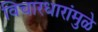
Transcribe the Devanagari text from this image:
विचारधारांमुळे